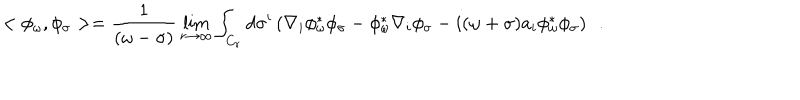
< \phi _ { \omega } , \phi _ { \sigma } > = { \frac { 1 } { ( \omega - \sigma ) } } \lim _ { r \rightarrow \infty } \int _ { C _ { r } } d \sigma ^ { i } \left( \nabla _ { i } \phi _ { \omega } ^ { * } \phi _ { \sigma } - \phi _ { \omega } ^ { * } \nabla _ { i } \phi _ { \sigma } - i ( \omega + \sigma ) a _ { i } \phi _ { \omega } ^ { * } \phi _ { \sigma } \right) ~ ~ .